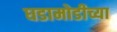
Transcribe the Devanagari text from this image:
घडामोडीच्या